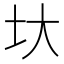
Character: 𡉑